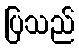
ပြသည်